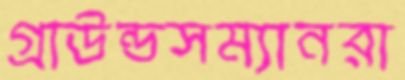
গ্রাউন্ডসম্যানরা